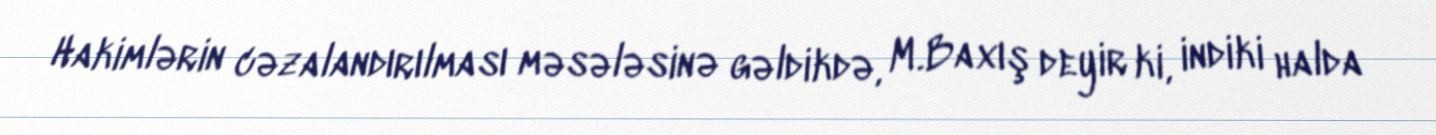
Hakimlərin cəzalandırılması məsələsinə gəldikdə, M.Baxış deyir ki, indiki halda